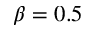
\beta = 0 . 5